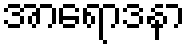
အာရောဒနာ